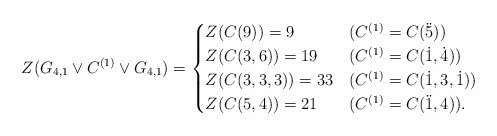
\begin{align*} Z(G_{4,1}\vee C^{(1)}\vee G_{4,1})&= \begin{cases} Z(C(9))=9 &(C^{(1)}=C(\ddot5))\\ Z(C(3,6))=19&(C^{(1)}=C(\dot1,\dot4))\\ Z(C(3,3,3))=33&(C^{(1)}=C(\dot1,3,\dot1))\\ Z(C(5,4))=21&(C^{(1)}=C(\ddot1,4)). \end{cases} \end{align*}